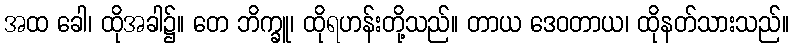
အထ ခေါ၊ ထိုအခါ၌။ တေ ဘိက္ခူ၊ ထိုရဟန်းတို့သည်။ တာယ ဒေဝတာယ၊ ထိုနတ်သားသည်။